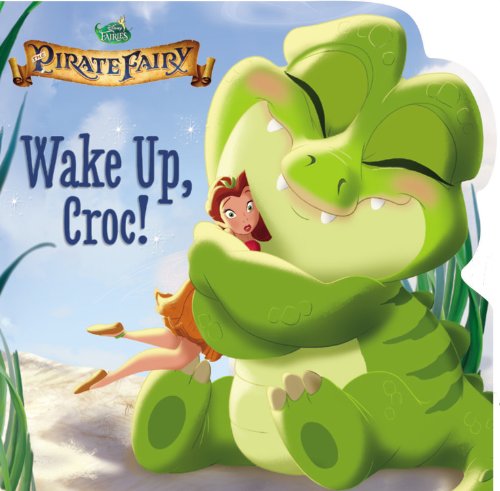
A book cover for Disney Fairies: The Pirate Fairy: Wake Up, Croc!; Kirsten Mayer; Children's Books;